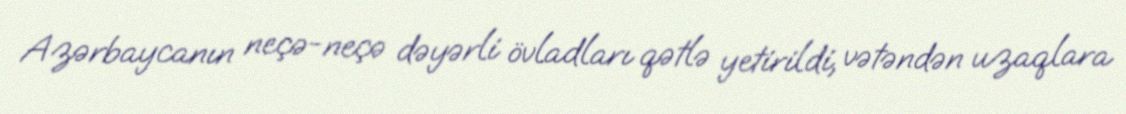
Azərbaycanın neçə-neçə dəyərli övladları qətlə yetirildi, vətəndən uzaqlara